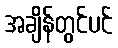
အချိန်တွင်ပင်